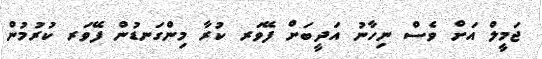
ޖަމީލް އަށް ވެސް ނިހާނު އަދީބަށް ފޭވަރ ކުރާ މިންގަނޑުން ފޭވަރ ކުރުމުން